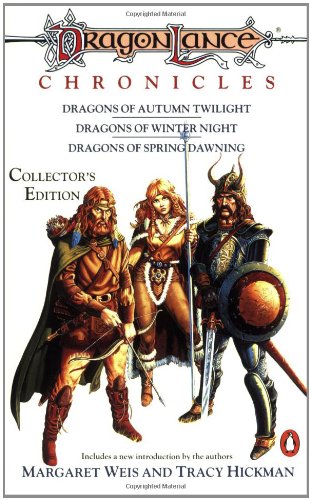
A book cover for Dragonlance Chronicles: "Dragons of Autumn Twilight," "Dragons of Winter Night,""dragons of Spring (TSR Fantasy); Margaret Weis; Science Fiction & Fantasy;